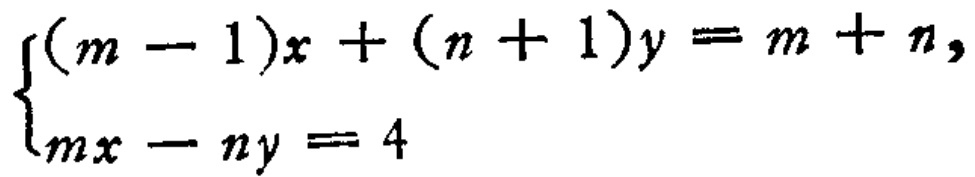
$\begin{cases}(m - 1)x + (n + 1)y = m + n,\\mx - ny = 4\end{cases}$